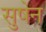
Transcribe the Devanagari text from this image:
सुषेन